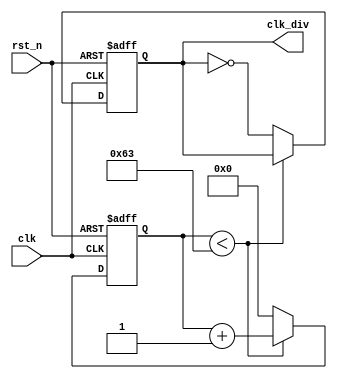
`timescale 1ns / 1ps
//////////////////////////////////////////////////////////////////////////////////
// Company:
// Engineer:
//
// Design Name:
// Module Name: E_Trig
// Project Name:
// Target Devices:
// Tool Versions:
// Description:
//
// Dependencies:
//
// Revision:
// Revision 0.01 - File Created
// Additional Comments:
//
//////////////////////////////////////////////////////////////////////////////////

//Flag1USB
module Out_Trig(
    input clk,
    input rst_n,
    output reg clk_div
);
parameter NUM_DIV = 200;
reg [15:0]cnt;

always @(posedge clk or negedge rst_n)
if(!rst_n) begin
	cnt     <= 0;
	clk_div    <= 1'b0;
end
else if(cnt < NUM_DIV / 2 - 1) begin
	cnt     <= cnt + 1'b1;
	clk_div    <= clk_div;
end
else begin
	cnt     <= 0;
	clk_div    <= ~clk_div;
end
endmodule